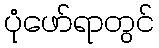
ပုံဖော်ရာတွင်